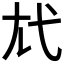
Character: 𢍽